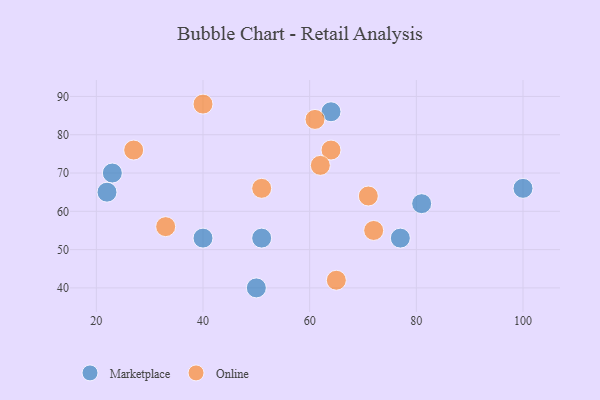
{"axis": {"x": "GDP", "y": "Life Expectancy"}, "legend": ["Marketplace", "Online"], "data": [{"x": "40", "y": 53, "type": "Marketplace"}, {"x": "77", "y": 53, "type": "Marketplace"}, {"x": "64", "y": 86, "type": "Marketplace"}, {"x": "100", "y": 66, "type": "Marketplace"}, {"x": "81", "y": 62, "type": "Marketplace"}, {"x": "50", "y": 40, "type": "Marketplace"}, {"x": "22", "y": 65, "type": "Marketplace"}, {"x": "23", "y": 70, "type": "Marketplace"}, {"x": "51", "y": 53, "type": "Marketplace"}, {"x": "64", "y": 76, "type": "Online"}, {"x": "71", "y": 64, "type": "Online"}, {"x": "65", "y": 42, "type": "Online"}, {"x": "62", "y": 72, "type": "Online"}, {"x": "27", "y": 76, "type": "Online"}, {"x": "51", "y": 66, "type": "Online"}, {"x": "40", "y": 88, "type": "Online"}, {"x": "33", "y": 56, "type": "Online"}, {"x": "72", "y": 55, "type": "Online"}, {"x": "61", "y": 84, "type": "Online"}]}